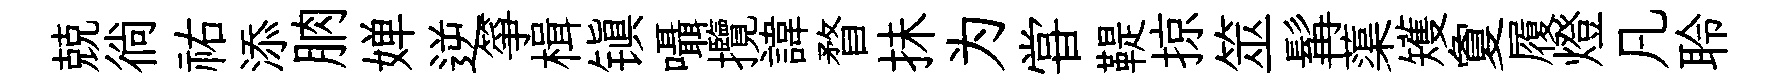
兢徜祐添朒婵逆箏楫镇囁攬諱瞀抺为甞鞮掠筮髯蕖矱夐履燈凡聆